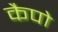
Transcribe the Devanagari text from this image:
कैपो